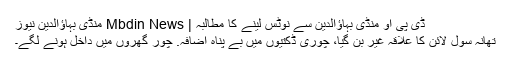
ڈی پی او منڈی بہاؤالدین سے نوٹس لینے کا مطالبہ | Mbdin News منڈی بہاؤالدین نیوز
تھانہ سول لائن کا علاقہ غیر بن گیا، چوری ڈکتیوں میں بے پناہ اضافہ. چور گھروں میں داخل ہونے لگے۔